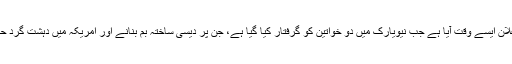
محکمہٴانصاف کا یہ اعلان ایسے وقت آیا ہے جب نیویارک میں دو خواتین کو گرفتار کیا گیا ہے، جن پر دیسی ساختہ بم بنانے اور امریکہ میں دہشت گرد حملہ کرنے کا الزام ہے۔